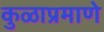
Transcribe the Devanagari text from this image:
कुळाप्रमाणे